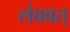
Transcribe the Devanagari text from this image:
लंवबत्‌